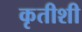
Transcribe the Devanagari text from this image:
कृतीशी